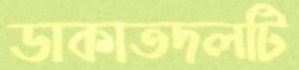
ডাকাতদলটি